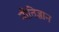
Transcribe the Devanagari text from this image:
नीतिज्ञान